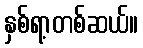
နှစ်ရာ့တစ်ဆယ်။